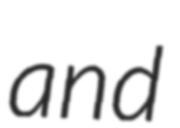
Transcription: and